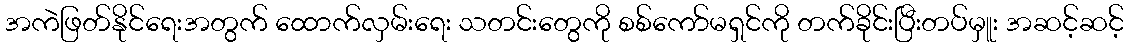
အကဲဖြတ်နိုင်ရေးအတွက် ထောက်လှမ်းရေး သတင်းတွေကို စစ်ကော်မရှင်ကို တက်ခိုင်းပြီးတပ်မှူး အဆင့်ဆင့်